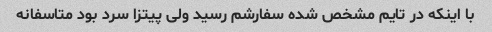
با اینکه در تایم مشخص شده سفارشم رسید ولی پیتزا سرد بود متاسفانه